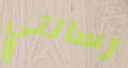
رسالتي